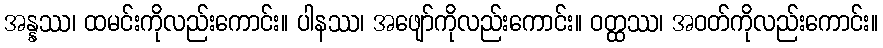
အန္နဿ၊ ထမင်းကိုလည်းကောင်း။ ပါနဿ၊ အဖျော်ကိုလည်းကောင်း။ ဝတ္ထဿ၊ အဝတ်ကိုလည်းကောင်း။